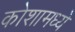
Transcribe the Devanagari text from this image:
कोशामध्ये